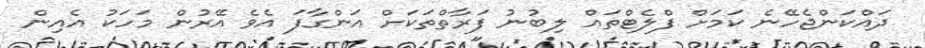
ދައްކަންޖެހޭނެ ކަމަށް ފްލެޓްތައް ލިބުނު ފަރާތްތަކަށް އަންގާފަ އެވެ އޭރުން މަހަކު އެއިން